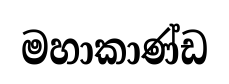
මහාකාණ්ඩ